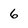
Character: 6